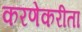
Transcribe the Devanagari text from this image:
करणेकरीता